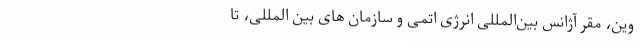
وین، مقر آژانس بین‌المللی انرژی اتمی و سازمان‌ های بین المللی، تا